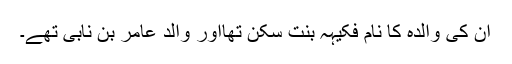
ان کی والدہ کا نام فُکَیْہَہ بنت سکن تھااور والد عَامِر بن نَابِیِٔ تھے۔